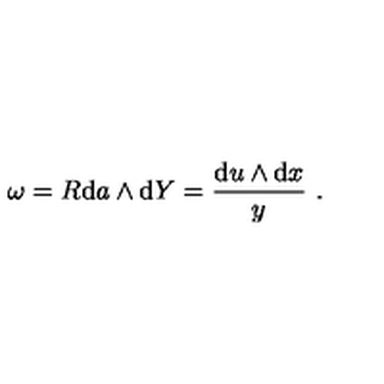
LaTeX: \omega = { R } \mathrm { d } a \wedge \mathrm { d } Y = \frac { \mathrm { d } u \wedge \mathrm { d } x } { y } \ .